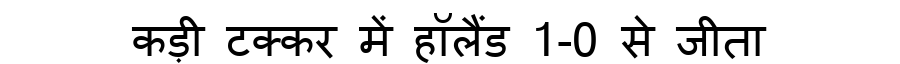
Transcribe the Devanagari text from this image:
कड़ी टक्कर में हॉलैंड 1-0 से जीता